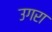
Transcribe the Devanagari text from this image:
उगरा